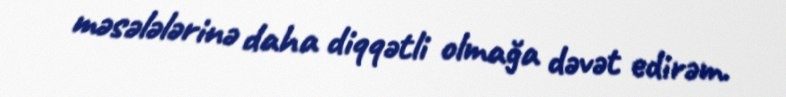
məsələlərinə daha diqqətli olmağa dəvət edirəm.